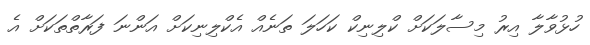
ހުޅުވާލާ އިރު މިސާލަކަށް ކްލިނިކް ކަހަލަ ތަނެއް އެކްލިނިކަށް އަންނަ ފަރާތްތަކަށް އެ